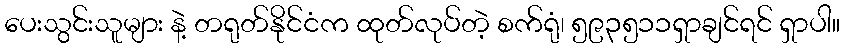
ပေးသွင်းသူများ နဲ့ တရုတ်နိုင်ငံက ထုတ်လုပ်တဲ့ စက်ရုံ၊ ၅၉၃၅၁၁ရှာချင်ရင် ရှာပါ။